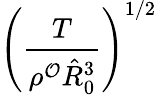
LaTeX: \left(\frac{T}{\rho^{\mathcal{O}}\hat{R}_{0}^{3}}\right)^{1/2}